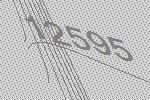
12595